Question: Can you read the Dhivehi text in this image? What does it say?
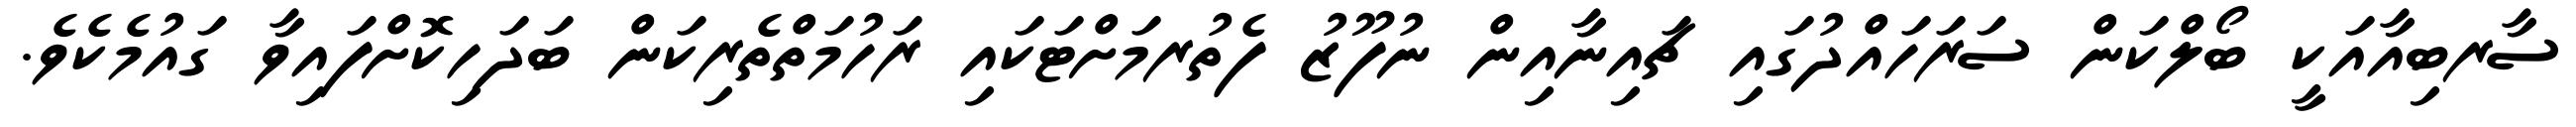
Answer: ސާރބިއާއަކީ ބޯލްކަން ސަރަހައްދުގައި ޗައިނާއިން ނުފޫޒު ފެތުރމަށްޓަކައި ރަހުމަތްތެރިކަން ބަދަހިކޮށްފައިވާ ގައުމެކެވެ.